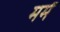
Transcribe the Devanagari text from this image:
मर्मं